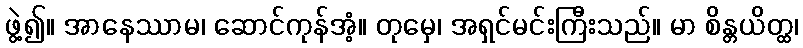
ဖွဲ့၍။ အာနေဿာမ၊ ဆောင်ကုန်အံ့။ တုမှေ၊ အရှင်မင်းကြီးသည်။ မာ စိန္တယိတ္ထ၊